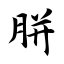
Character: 胼